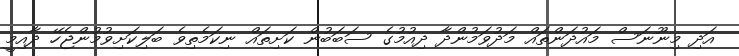
އަދި މިނޫނަސް މައުދަންތައް މަދުވަމުންދާ ދިއުމުގެ ސަބަބުން ކަށިތައް ނިކަމެތިވެ ބަލިކަށިވުމުންޖެހޭ ދާއިމީ